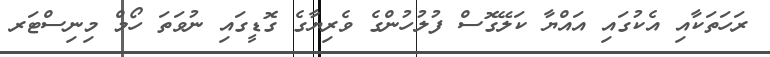
ރަހަތަކާއި އެކުގައި އައްޔާ ކަލޭގޮސް ފުލުހުންގެ ވެރިޔާގެ ގޮޑީގައި ނުވަތަ ހޯމް މިނިސްޓަރ